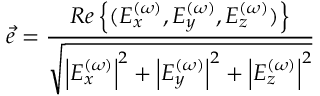
\vec { e } = \frac { { R e \left\{ ( E _ { x } ^ { ( \omega ) } , E _ { y } ^ { ( \omega ) } , E _ { z } ^ { ( \omega ) } ) \right\} } } { \sqrt { { \left| E _ { x } ^ { ( \omega ) } \right| ^ { 2 } } + { \left| E _ { y } ^ { ( \omega ) } \right| ^ { 2 } } + { \left| E _ { z } ^ { ( \omega ) } \right| ^ { 2 } } } }